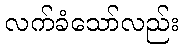
လက်ခံသော်လည်း